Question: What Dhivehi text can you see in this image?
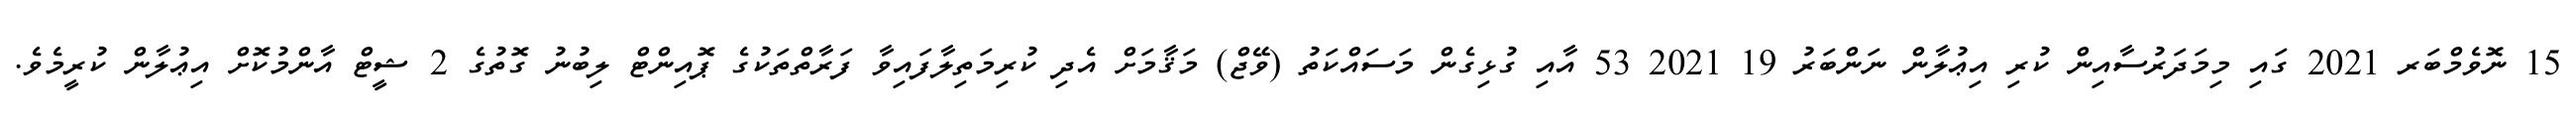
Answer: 15 ނޮވެމްބަރ 2021 ގައި މިމަދަރުސާއިން ކުރި އިޢުލާން ނަންބަރު 19 2021 53 އާއި ގުޅިގެން މަސައްކަތު (ވޭޖް) މަޤާމަށް އެދި ކުރިމަތިލާފައިވާ ފަރާތްތަކުގެ ޕޮއިންޓް ލިބުނު ގޮތުގެ 2 ޝީޓް އާންމުކޮށް އިޢުލާން ކުރީމެވެ.